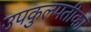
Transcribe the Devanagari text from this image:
उपकुलपतीका